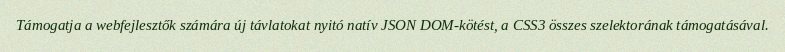
Támogatja a webfejlesztők számára új távlatokat nyitó natív JSON DOM-kötést, a CSS3 összes szelektorának támogatásával.